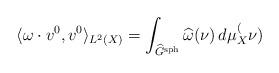
LaTeX: \begin{align*}\langle \omega \cdot v^0,v^0\rangle_{L^2(X)} = \int_{\widehat{G}^{\rm sph}} \widehat{\omega}(\nu)\, d\mu_X^(\nu)\end{align*}